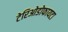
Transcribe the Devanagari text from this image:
टेरिओडोफायटा